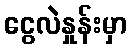
ငွေလဲနှုန်းမှာ